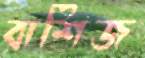
বাশিজ